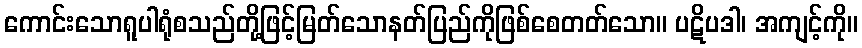
ကောင်းသောရူပါရုံစသည်တို့ဖြင့်မြတ်သောနတ်ပြည်ကိုဖြစ်စေတတ်သော။ ပဋိပဒါ၊ အကျင့်ကို။